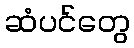
ဆံပင်တွေ